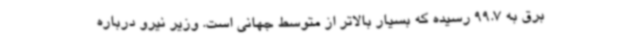
برق به 99.7 رسیده که بسیار بالاتر از متوسط جهانی است. وزیر نیرو درباره